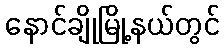
နောင်ချိုမြို့နယ်တွင်